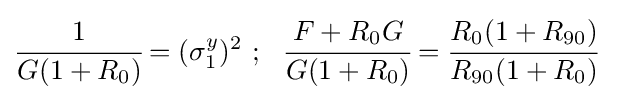
{\cfrac {1}{G(1+R_{0})}}=(\sigma _{1}^{y})^{2}~;~~{\cfrac {F+R_{0}G}{G(1+R_{0})}}={\cfrac {R_{0}(1+R_{90})}{R_{90}(1+R_{0})}}~